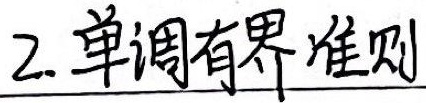
2. 单调有界准则